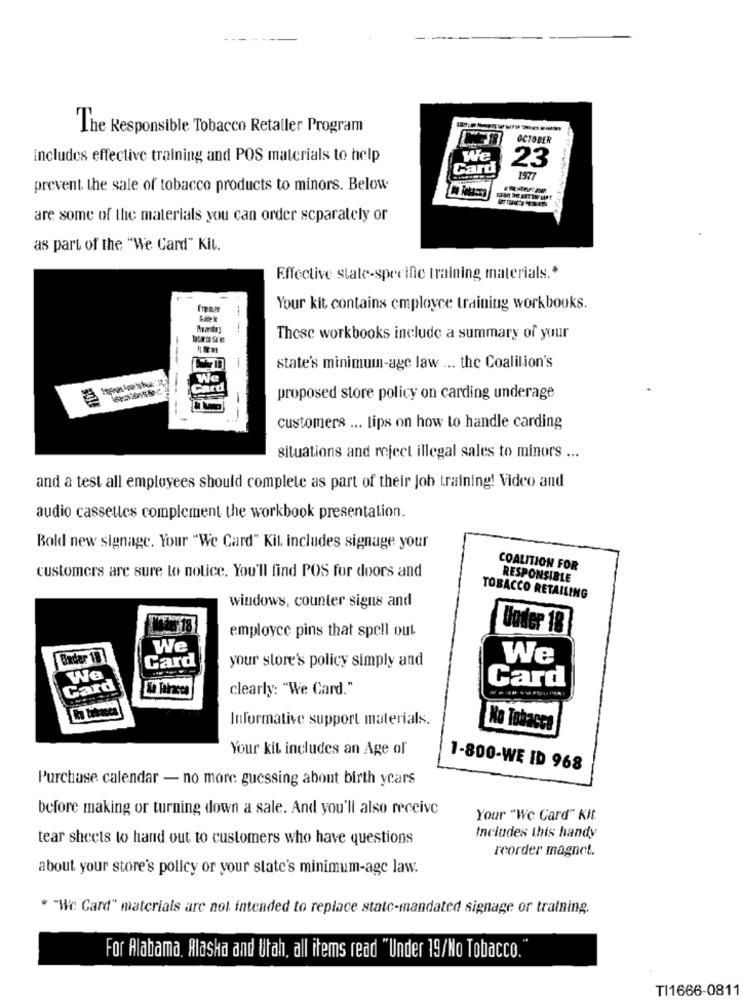
The Responsible Tobacco Retaller Program
OCTOBER
includes effective training and POS materials to help
We
Card
23
1577
prevent the sale of tobacco products to minors. Below
are some of the materials you can order separately or
as part of the "We Card" Kil.
Effective state-specific training materials .*
Your kit contains employee training workbooks.
These workbooks include a summary of your
---
state's minimum-age law ... the Coalition's
-
proposed store policy on carding underage
customers ... tips on how to handle carding
situations and reject illegal sales to minors ...
and a test all employees should complete as part of their joh training! Video and
audio cassettes complement the workbook presentation.
Bold new signage. Your "We Card" Kit includes signage your
COALITION FOR
customers are sure to notice. You'll find POS for doors and
RESPONSIBLE
TOBACCO RETAILING
windows, counter signs and
6 18
employee pins that spell out.
Under 18
We
Exder 10
Card
your store's policy simply and
We
We
Card
Na Taracea
clearly: "We Card."
Card
Informative support materials.
No Tobacco
Your kit includes an Age of
1-800-WE ID 968
Purchase calendar - no more guessing about birth years
before making or turning down a sale. And you'll also receive
Your "We Card" Kit
tear sheets to hand out to customers who have questions
Includes this handy
reorder magnet.
about your store's policy or your state's minimum-age law.
* "We Card" materials are not intended to replace statc-mandated signage or training.
For Alabama. Alaska and Utah, all items read "Under 19/No Tobacco."
TI1666-0811